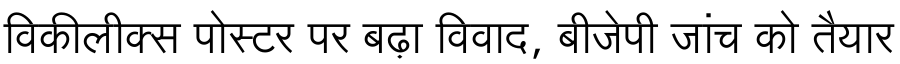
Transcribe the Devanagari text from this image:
विकीलीक्स पोस्टर पर बढ़ा विवाद, बीजेपी जांच को तैयार